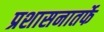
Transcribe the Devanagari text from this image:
प्रशासनातर्फे